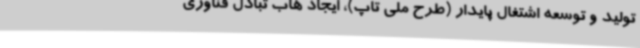
تولید و توسعه اشتغال پایدار (طرح ملی تاپ)، ایجاد هاب تبادل فناوری